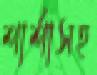
শার্শাসহ